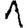
Digit: 1